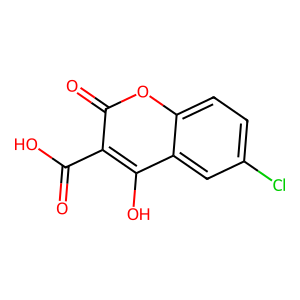
SMILES: O=C(O)c1c(O)c2cc(Cl)ccc2oc1=O
Inhibits HIV replication: No